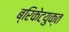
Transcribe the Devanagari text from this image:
ब्रिकेटयुक्त